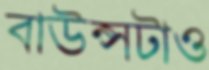
বাউন্সটাও